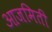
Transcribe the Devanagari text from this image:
आजमिती